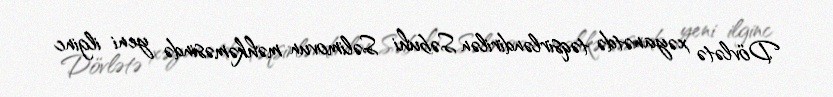
Dövlətə xəyanətdə təqsirləndirilən Səbuhi Səlimovun məhkəməsində yeni ilginc